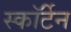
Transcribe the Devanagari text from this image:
स्कॉर्टेन